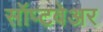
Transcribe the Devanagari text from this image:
सॉप्टवेअर